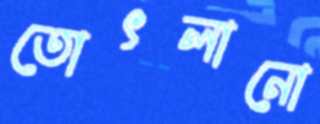
তোৎলানো